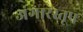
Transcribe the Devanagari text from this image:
अंगारस्तूप